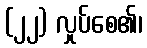
(၂၂) လှုပ်စေ၏၊